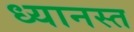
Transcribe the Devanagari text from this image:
ध्यानस्त